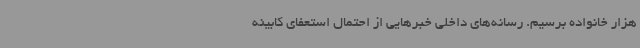
هزار خانواده برسیم. رسانه‌های داخلی خبرهایی از احتمال استعفای کابینه